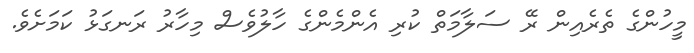
މީހުންގެ ތެރެއިން ރޭ ސަލާމަތް ކުރި އެންމެންގެ ހާލުވެސް މިހާރު ރަނގަޅު ކަމަށެވެ.